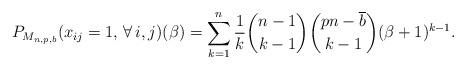
LaTeX: \begin{gather*}P_{M_{n,p,b}}(x_{ij}=1, \, \forall\, i,j)(\beta) = \sum_{k=1}^{n} {\frac{1}{k}}{\binom{n-1}{k-1}}{\binom{p n -\overline{b}}{k-1}} (\beta +1)^{k-1}.\end{gather*}